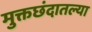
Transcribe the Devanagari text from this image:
मुक्तछंदातल्या